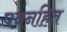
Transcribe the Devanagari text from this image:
पवनहित